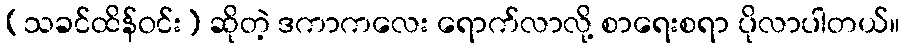
(သခင်ထိန်ဝင်း) ဆိုတဲ့ ဒကာကလေး ရောက်လာလို့ စာရေးစရာ ပိုလာပါတယ်။